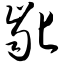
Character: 龀